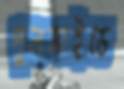
পুলসাইডে